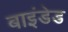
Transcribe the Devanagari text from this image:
बाइंडेड